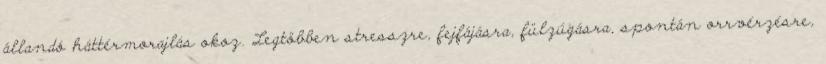
állandó háttérmorajlás okoz. Legtöbben stresszre, fejfájásra, fülzúgásra, spontán orrvérzésre,